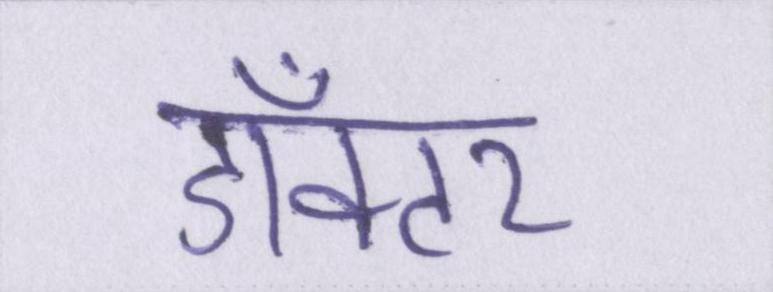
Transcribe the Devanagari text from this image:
डॉक्टर